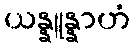
ယန္နူန္နာဟံ